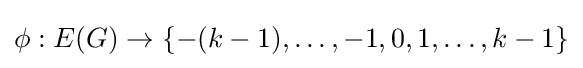
\phi :E(G)\to \{-(k-1),\ldots ,-1,0,1,\ldots ,k-1\}